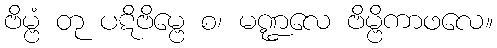
ဗိမ္ဗံ တု ပဋိဗိမ္ဗေ စ၊ မဏ္ဍလေ ဗိမ္ဗိကာဖလေ။